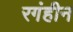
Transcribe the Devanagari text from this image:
रगंहीन